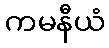
ကမနီယံ